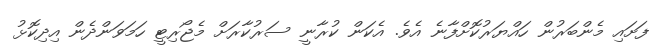
ފަށައި މެންބަރުން ހައްޔަރުކޮށްފާނެ އެވެ. އެކަން ކުރާނީ ސަރުކާރަށް މެޖޯރިޓީ ހަމަވަންދެން އިދިކޮޅު